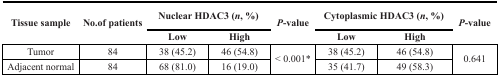
<table><thead><tr><td rowspan="2"><b>Tissue sample</b></td><td rowspan="2"><b>No.of patients</b></td><td colspan="2"><b>Nuclear HDAC3 (<i>n</i>, %)</b></td><td rowspan="2"><b><i>P</i>-value</b></td><td colspan="2"><b>Cytoplasmic HDAC3 (<i>n</i>, %)</b></td><td rowspan="2"><b><i>P</i>-value</b></td></tr><tr><td><b>Low</b></td><td><b>High</b></td><td><b>Low</b></td><td><b>High</b></td></tr></thead><tbody><tr><td>Tumor</td><td>84</td><td>38 (45.2)</td><td>46 (54.8)</td><td rowspan="2">&lt; 0.001*</td><td>38 (45.2)</td><td>46 (54.8)</td><td rowspan="2">0.641</td></tr><tr><td>Adjacent normal</td><td>84</td><td>68 (81.0)</td><td>16 (19.0)</td><td>35 (41.7)</td><td>49 (58.3)</td></tr></tbody></table>